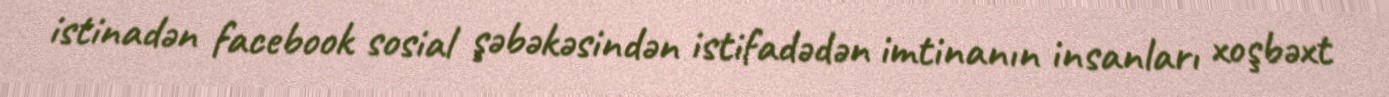
istinadən facebook sosial şəbəkəsindən istifadədən imtinanın insanları xoşbəxt